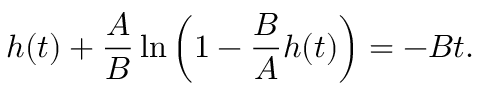
h ( t ) + \frac { A } { B } \ln \left( 1 - \frac B A h ( t ) \right) = - B t .